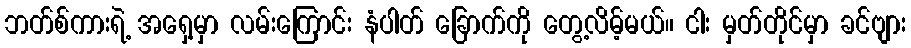
ဘတ်စ်ကားရဲ့ အရှေ့မှာ လမ်းကြောင်း နံပါတ် ခြောက်ကို တွေ့လိမ့်မယ်။ ငါး မှတ်တိုင်မှာ ခင်ဗျား